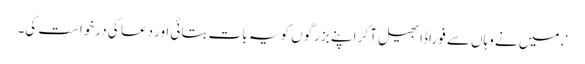
‘، میں نے وہاں سے فوراً ڈابھیل آکر اپنے بزرگوں کو یہ بات بتائی اور دعا کی درخواست کی۔